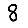
Digit: 8